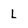
Character: L